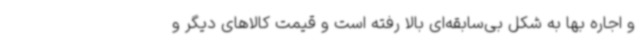
و اجاره بها به شکل بی‌سابقه‌ای بالا رفته است و قیمت کالاهای دیگر و